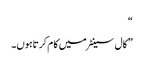
“
” کال سینٹر میں کا م کرتاہوں۔